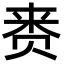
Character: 赉